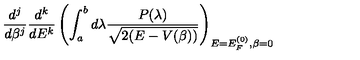
\frac { d ^ { j } } { d \beta ^ { j } } \frac { d ^ { k } } { d E ^ { k } } \left( \int _ { a } ^ { b } d \lambda \frac { P ( \lambda ) } { \sqrt { 2 ( E - V ( \beta ) ) } } \right) _ { E = E _ { F } ^ { ( 0 ) } , \beta = 0 }